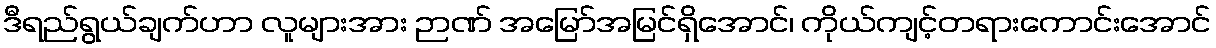
ဒီရည်ရွယ်ချက်ဟာ လူများအား ဉာဏ် အမြော်အမြင်ရှိအောင်၊ ကိုယ်ကျင့်တရားကောင်းအောင်